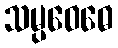
သမ္ပဝေဓေ